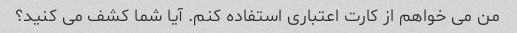
من می خواهم از کارت اعتباری استفاده کنم. آیا شما کشف می کنید؟